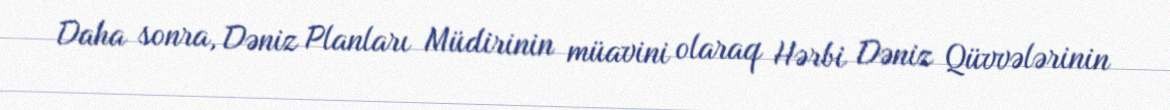
Daha sonra, Dəniz Planları Müdirinin müavini olaraq Hərbi Dəniz Qüvvələrinin